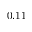
0 . 1 1